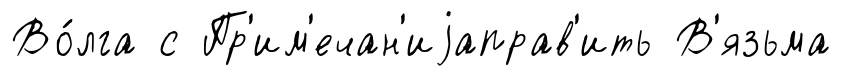
Во́лга с Пр'им'ечан'иjаправ'ить В'язьма